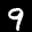
Digit: 9